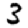
Digit: 3